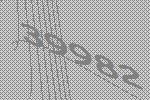
39982